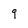
Character: 9